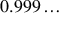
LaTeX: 0 . 9 9 9 \ldots